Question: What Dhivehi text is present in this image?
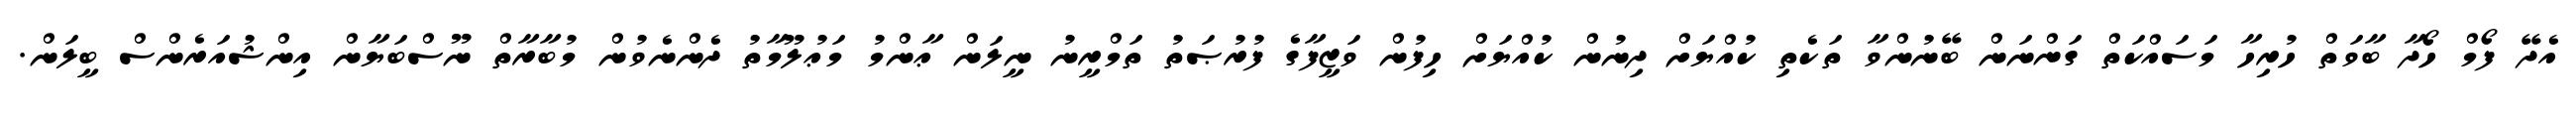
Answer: އެދޭ ފޯމް ހޯދާ ބާވަތް ހުރިހާ މަސައްކަތް ގަންނަން ބޭނުންވާ ތަކެތި ކުއްޔަށް ދިނުން ކުއްޔަށް ހިފުން ވަޒީފާގެ ފުރުޞަތު ތަމްރީނު ނީލަން ޢާންމު މަޢުލޫމާތު ދެންނެވުން މުބާރާތް ނޫސްބަޔާން އިންޝުއަރެންސް ބީލަން.